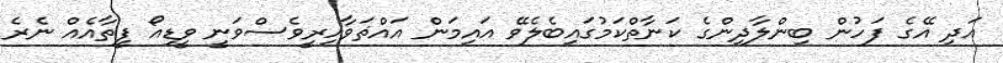
އަދި އޭގެ ފަހުން ބިންލާދިންގެ ކަނާތްކަމުގައިބެލެވޭ އައިމަން އައްޡަވާހިރީވެސްވަނީ ވީޑިއޯ ފީތާއެއް ނެރެ